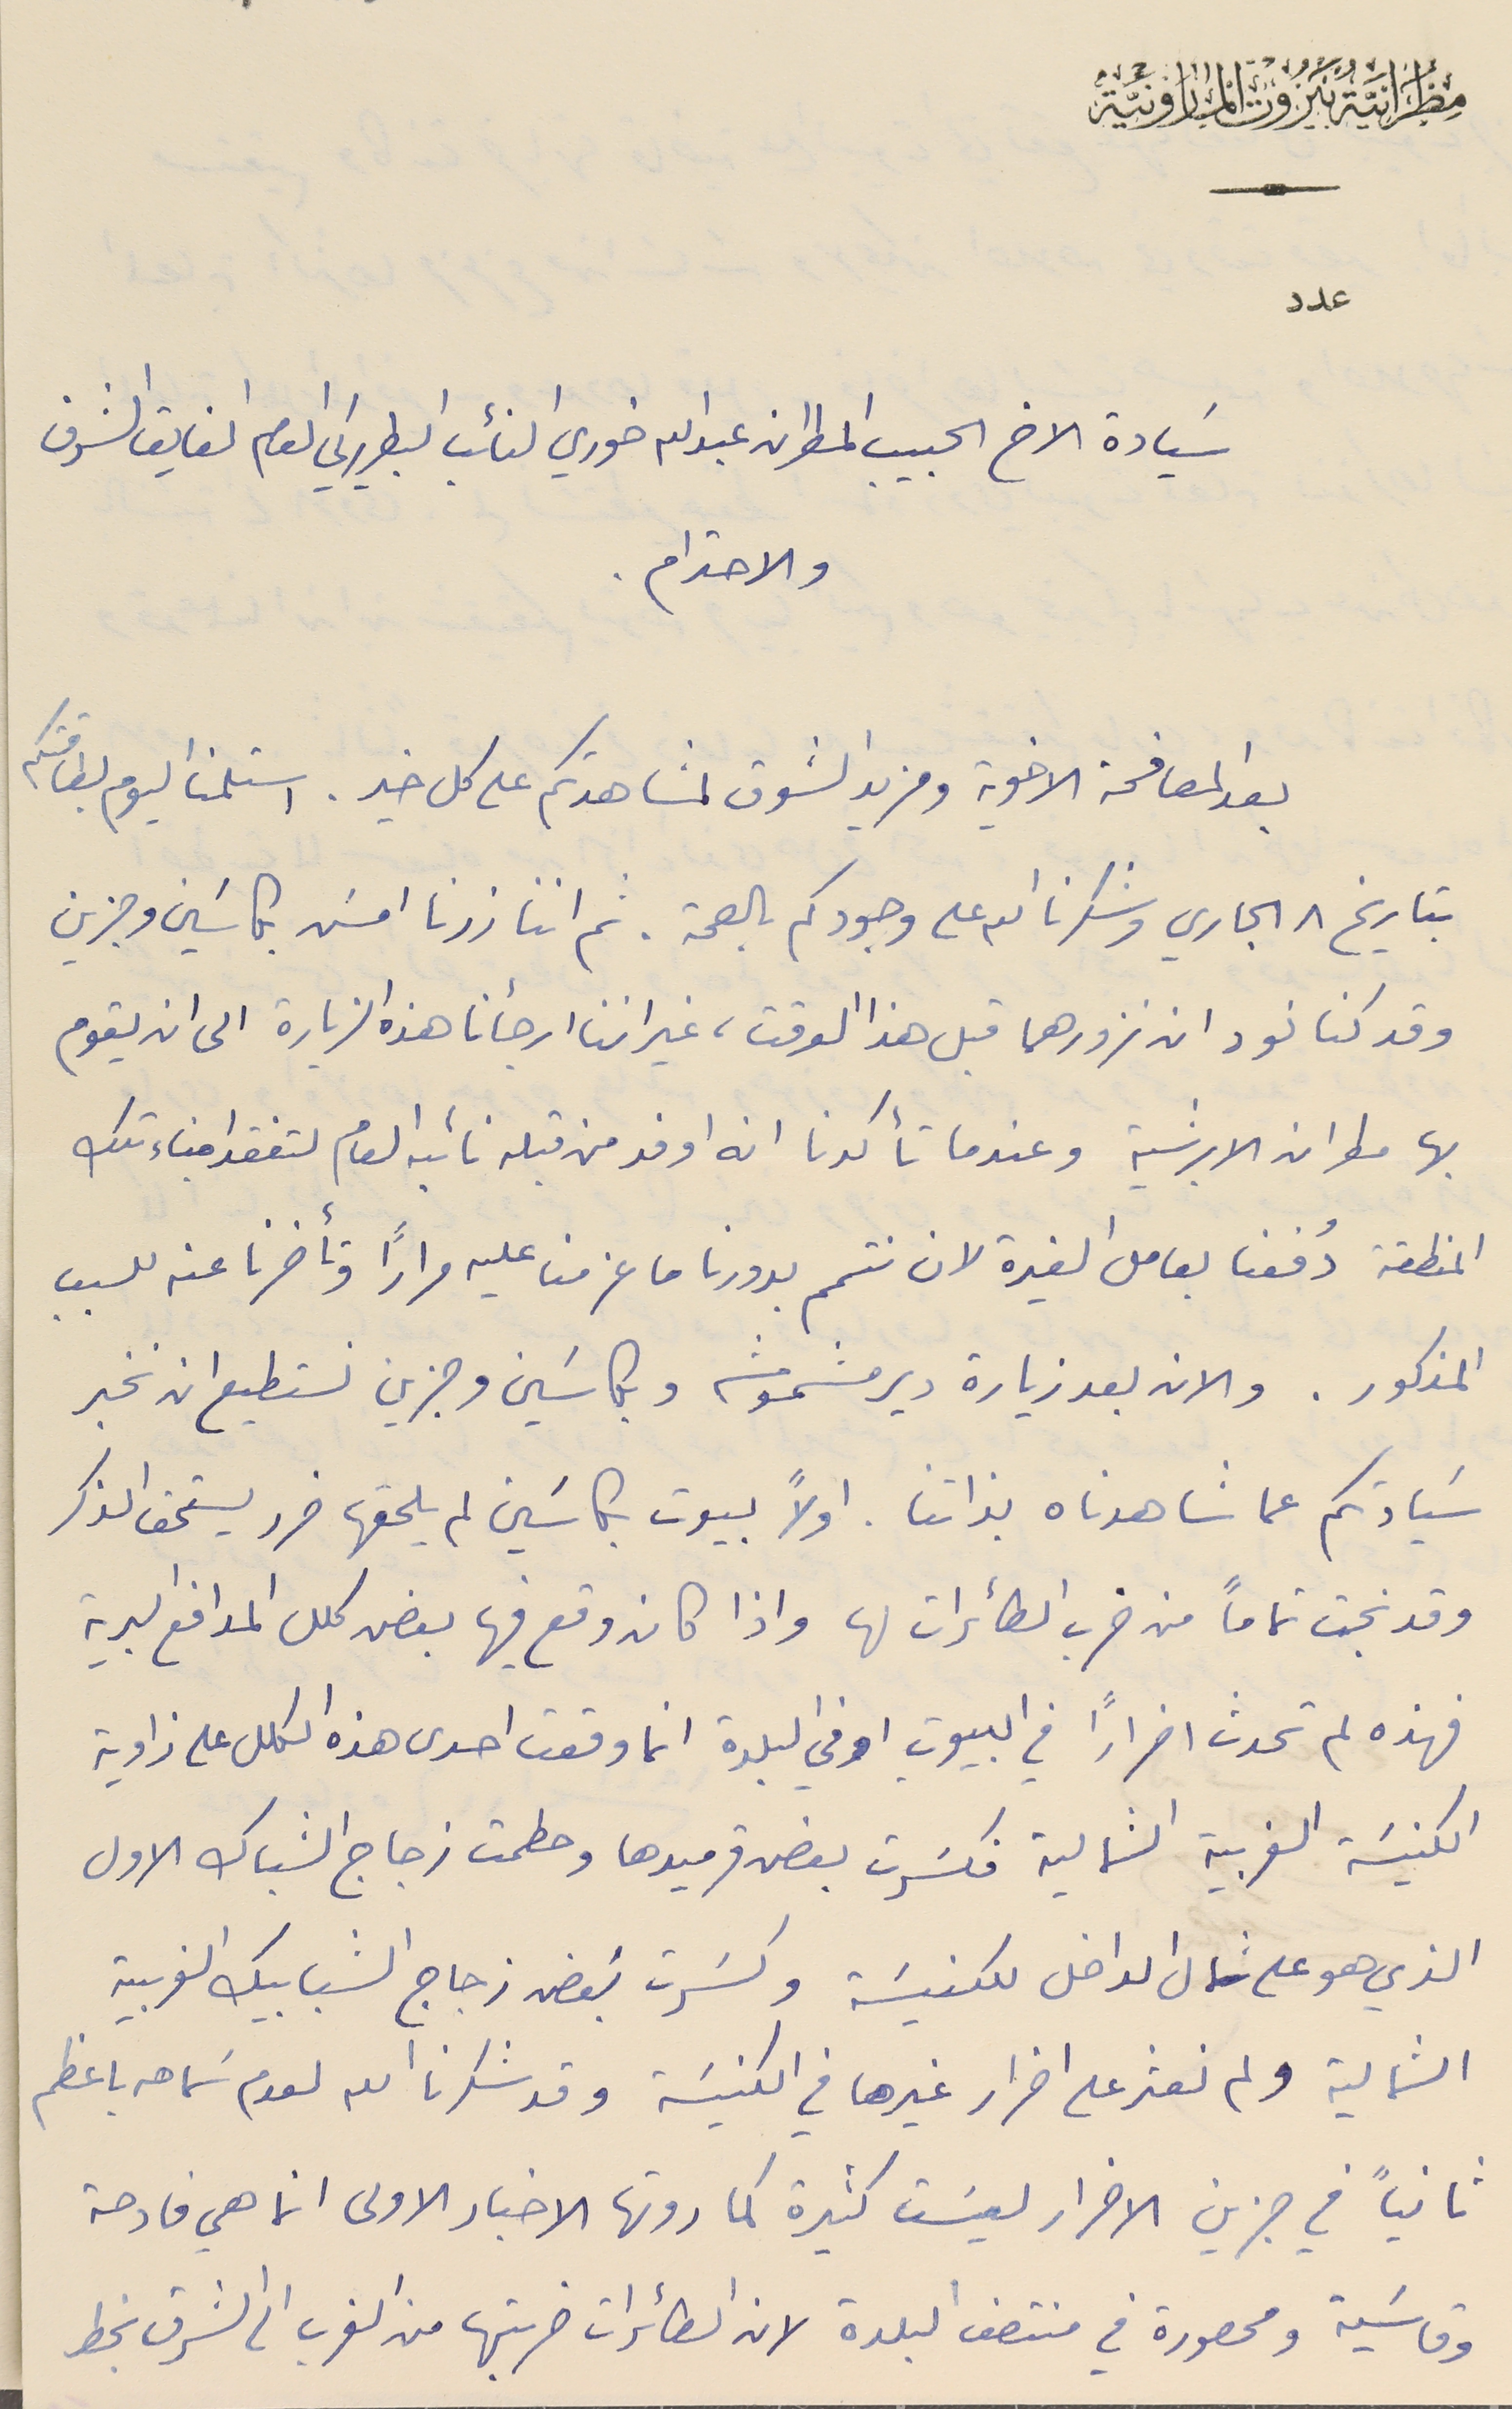
مِطرَانيَةُ بَيرُوت المارونيَّة
عدد
سَيادة الاخ الحبيب المطران عبدالله خوري النائب البطريركي العام الفايق الشرف
والاحترام.
بعد المصافحة الاخوية ومزيد الشوق لمشاهدتكم على كل خير. استلمنا اليوم بطاقتكم
بتاريخ ٨ الجاري وشكرنا الله على وجودكم بالصحة. ثم اننا زرنا امسَ بكاسَين وجزين
وقد كنا نود ان نزورهما قبل هذا الوقت، غير اننا ارجأنا هذه الزيارة الى ان يقوم
بها مطران الابرشية وعندما تأكدنا انه اوفد من قبله نائبه العام لتفقد ابناء تلك
المنطقة دُفعنا بعامل الغيرة لان نتمم بدورنا ما عزمنا عليه مرارًا وتأخرنا عنه للسبب
 المذكور. والان بعد زيارة دير مشموشه وبكاسَين وجزين نستطيع ان نخبر
 سَيادتكم عما شاهدناه بذاتنا. اولاً بيوت بكاسَين لم يلحقها ضرر يستحق الذكر
 وقد نجت تماماً من ضرب الطائرات لها واذا كان وقع فيها بعض كلل المدافع البرية
فهذه لم تحدث اضرارًا في البيوت او في البلدة انما وقعت احدى هذه الكلل على زاوية
 الكنيسَة الغربية الشمالية فكسَرت بعض قرميدها وحطمت زجاج الشباك الاول
 الذي هو على شمال الداخل للكنيسَة وكسَرت بَعض زجاج الشبابيك الغربية
 الشمالية ولم نعثر على اضرار غيرها في الكنيسَة وقد شكرنا الله لعدم سَماحه باعظم
 ثانياً في جزين الاضرار ليسَت كثيرة كما روتها الاخبار الاولى انما هي فادحة
 وقاسَية ومحصورة في منتصف البلدة لان الطائرات ضربتها من الغرب الى الشرق بخط